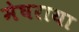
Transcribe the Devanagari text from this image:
मेघराया